Rangoon Lunatic Asylum 1893-1897 - 1893-1897
Year: 1893
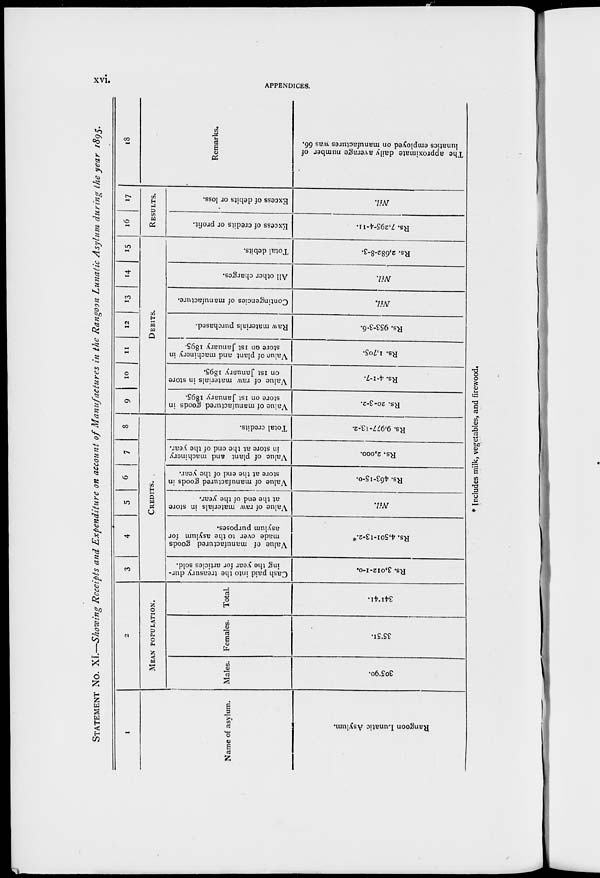
xvi.
APPENDICES.
STATEMENT No. XI.—Showing Receipts and Expenditure on account of Manufactures
in the Rangoon Lunatic Asylum during the year 1895.
1
Name of asylum.
Rangoon Lunatic Asylum.
2
MEAN POPULATION.
Males.
305.90.
Females.
35.51.
Total.
341.41.
3
4
5
6
7
8
CREDITS.
Cash paid into the treasury dur-
ing the year for articles sold.
Rs. 3,012-1-0.
Value of manufactured goods
made over to the asylum for
asylum purposes.
Rs. 4,501-13-2.*
Value of raw materials in store
at the end of the year.
Nil.
Value of manufactured goods in
store at the end of the year.
Rs. 463-15-0.
Value of plant and machinery
in store at the end of the year.
Rs. 2,000.
Total credits.
Rs. 9,977-13-2.
9
10
11
12
13
14
15
DEBITS.
Value of manufactured goods in
store on 1st January 1895.
Rs. 20-3-2.
Value of raw materials in store
on 1st January 1895.
Rs. 4-1-7.
Value of plant and machinery in
store on 1st January 1895.
Rs. 1,705.
Raw materials purchased.
Rs. 953-3-6.
Contingencies of manufacture.
Nil.
All other charges.
Nil.
Total debits.
Rs. 2,682-8-3.
16
17
RESULTS.
Excess of credits or profit.
Rs. 7.295-4-11.
Excess of debits or loss.
Nil.
18
Remarks.
The approximate daily average number of
lunatics employed on manufactures was 66.
* Includes milk, vegetables, and firewood.